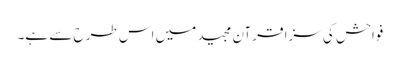
فواحش کی سزا قرآن مجید میں اس طرح سے ہے۔